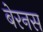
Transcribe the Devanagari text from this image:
बेरनस